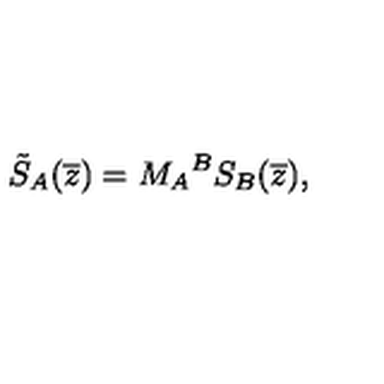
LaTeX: \tilde { S } _ { A } ( \overline { { z } } ) = { M _ { A } } ^ { B } S _ { B } ( \overline { { z } } ) ,